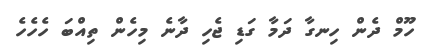
ހޫމް ދެން ހިނގާ ދަމާ ގަޑި ޖެހި ދާނެ މިހެން ތިއްބަ ހެހެހެ